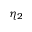
\eta _ { 2 }